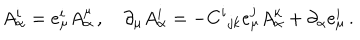
A _ { \alpha } ^ { i } = e _ { \mu } ^ { i } A _ { \alpha } ^ { \mu } \, , \quad \partial _ { \mu } A _ { \alpha } ^ { i } = - C ^ { i } { } _ { j k } e _ { \mu } ^ { j } A _ { \alpha } ^ { k } + \partial _ { \alpha } e _ { \mu } ^ { i } \, .